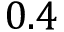
0 . 4